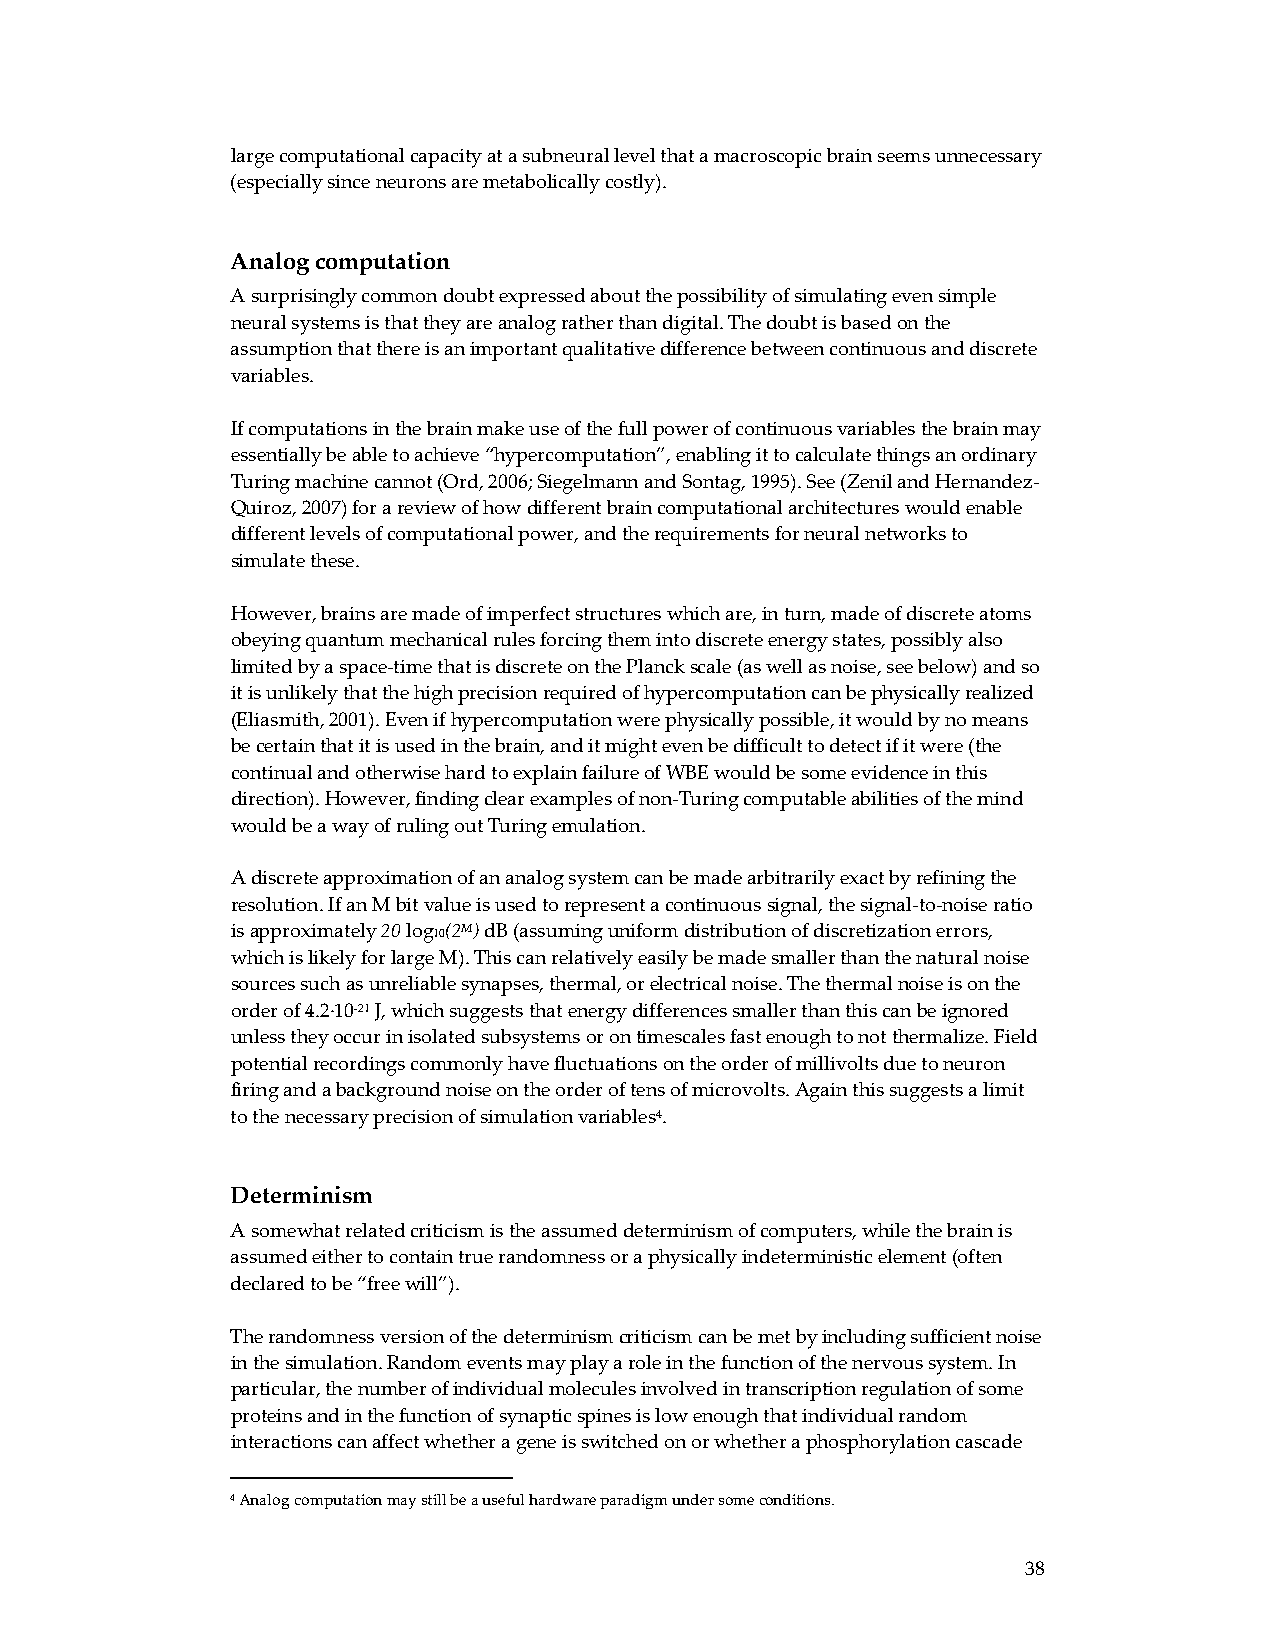
large computational capacity at a subneural level that a macroscopic brain seems unnecessary
 (especially since neurons are metabolically costly).
 Analog computation
 A surprisingly common doubt expressed about the possibility of simulating even simple
 neural systems is that they are analog rather than digital. The doubt is based on the
 assumption that there is an important qualitative difference between continuous and discrete
 variables.
 If computations in the brain make use of the full power of continuous variables the brain may
 essentially be able to achieve “hypercomputation”, enabling it to calculate things an ordinary
 Turing machine cannot (Ord, 2006; Siegelmann and Sontag, 1995). See (Zenil and Hernandez‐
 Quiroz, 2007) for a review of how different brain computational architectures would enable
 different levels of computational power, and the requirements for neural networks to
 simulate these.
 However, brains are made of imperfect structures which are, in turn, made of discrete atoms
 obeying quantum mechanical rules forcing them into discrete energy states, possibly also
 limited by a space‐time that is discrete on the Planck scale (as well as noise, see below) and so
 it is unlikely that the high precision required of hypercomputation can be physically realized
 (Eliasmith, 2001). Even if hypercomputation were physically possible, it would by no means
 be certain that it is used in the brain, and it might even be difficult to detect if it were (the
 continual and otherwise hard to explain failure of WBE would be some evidence in this
 direction). However, finding clear examples of non‐Turing computable abilities of the mind
 would be a way of ruling out Turing emulation.
 A discrete approximation of an analog system can be made arbitrarily exact by refining the
 resolution. If an M bit value is used to represent a continuous signal, the signal‐to‐noise ratio
 is approximately 20 log10(2M) dB (assuming uniform distribution of discretization errors,
 which is likely for large M). This can relatively easily be made smaller than the natural noise
 sources such as unreliable synapses, thermal, or electrical noise. The thermal noise is on the
 order of 4.2∙10‐21 J, which suggests that energy differences smaller than this can be ignored
 unless they occur in isolated subsystems or on timescales fast enough to not thermalize. Field
 potential recordings commonly have fluctuations on the order of millivolts due to neuron
 firing and a background noise on the order of tens of microvolts. Again this suggests a limit
 to the necessary precision of simulation variables4.
 Determinism
 A somewhat related criticism is the assumed determinism of computers, while the brain is
 assumed either to contain true randomness or a physically indeterministic element (often
 declared to be “free will”).
 The randomness version of the determinism criticism can be met by including sufficient noise
 in the simulation. Random events may play a role in the function of the nervous system. In
 particular, the number of individual molecules involved in transcription regulation of some
 proteins and in the function of synaptic spines is low enough that individual random
 interactions can affect whether a gene is switched on or whether a phosphorylation cascade
 4 Analog computation may still be a useful hardware paradigm under some conditions.
 38